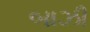
બાઝી